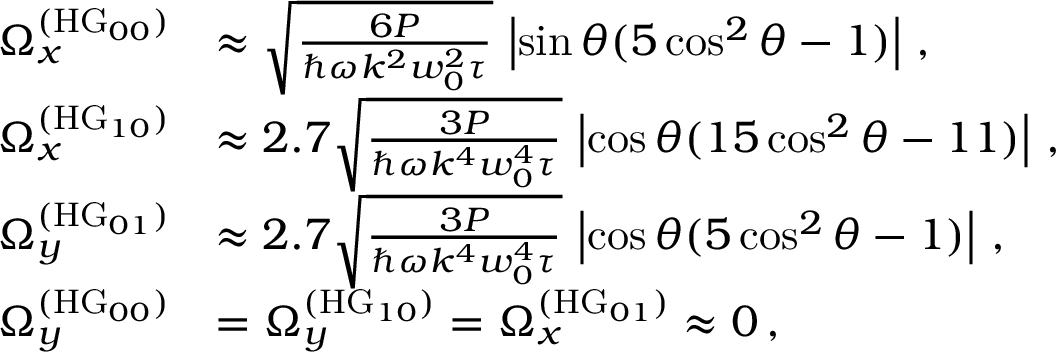
\begin{array} { r l } { \Omega _ { x } ^ { ( \mathrm { H G } _ { 0 0 } ) } } & { \approx \sqrt { \frac { 6 P } { \hbar \omega k ^ { 2 } w _ { 0 } ^ { 2 } \tau } } \, \left| \sin \theta ( 5 \cos ^ { 2 } \theta - 1 ) \right| \, , } \\ { \Omega _ { x } ^ { ( \mathrm { H G } _ { 1 0 } ) } } & { \approx 2 . 7 \sqrt { \frac { 3 P } { \hbar \omega k ^ { 4 } w _ { 0 } ^ { 4 } \tau } } \, \left| \cos \theta ( 1 5 \cos ^ { 2 } \theta - 1 1 ) \right| \, , } \\ { \Omega _ { y } ^ { ( \mathrm { H G } _ { 0 1 } ) } } & { \approx 2 . 7 \sqrt { \frac { 3 P } { \hbar \omega k ^ { 4 } w _ { 0 } ^ { 4 } \tau } } \, \left| \cos \theta ( 5 \cos ^ { 2 } \theta - 1 ) \right| \, , } \\ { \Omega _ { y } ^ { ( \mathrm { H G } _ { 0 0 } ) } } & { = \Omega _ { y } ^ { ( \mathrm { H G } _ { 1 0 } ) } = \Omega _ { x } ^ { ( \mathrm { H G } _ { 0 1 } ) } \approx 0 \, , } \end{array}